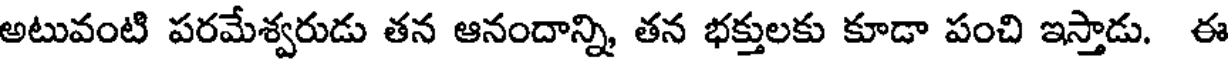
అటువంటి పరమేశ్వరుడు తన ఆనందాన్ని, తన భక్తులకు కూడా పంచి ఇస్తాడు. ఈ